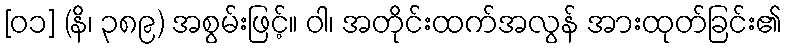
[၀၁] (နိ၊ ၃၈၉) အစွမ်းဖြင့်။ ဝါ၊ အတိုင်းထက်အလွန် အားထုတ်ခြင်း၏